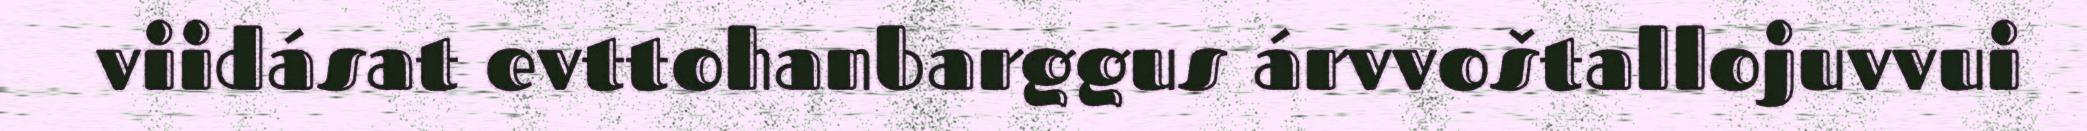
viidásat evttohanbarggus árvvoštallojuvvui